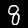
Label: 8